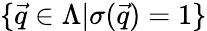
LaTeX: \{ \vec{q}\in\Lambda|\sigma(\vec{q})=1\}